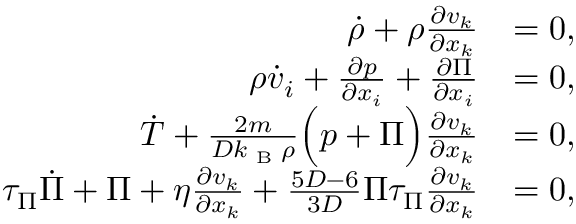
\begin{array} { r l } { \dot { \rho } + \rho \frac { \partial v _ { k } } { \partial x _ { k } } } & { = 0 , } \\ { \rho \dot { v } _ { i } + \frac { \partial p } { \partial x _ { i } } + \frac { \partial \Pi } { \partial x _ { i } } } & { = 0 , } \\ { \dot { T } + \frac { 2 m } { D k _ { \textrm { B } } \rho } \Big ( p + \Pi \Big ) \frac { \partial v _ { k } } { \partial x _ { k } } } & { = 0 , } \\ { \tau _ { \Pi } \dot { \Pi } + \Pi + \eta \frac { \partial v _ { k } } { \partial x _ { k } } + \frac { 5 D - 6 } { 3 D } \Pi \tau _ { \Pi } \frac { \partial v _ { k } } { \partial x _ { k } } } & { = 0 , } \end{array}